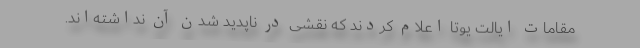
مقامات ایالت یوتا اعلام کردند که نقشی در ناپدید شدن آن نداشته‌اند.